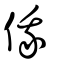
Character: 俄